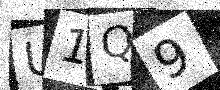
Text: U1Q9